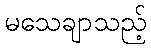
မသေချာသည့်